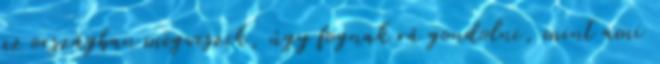
az országban megveszik, úgy fognak rá gondolni, mint ami